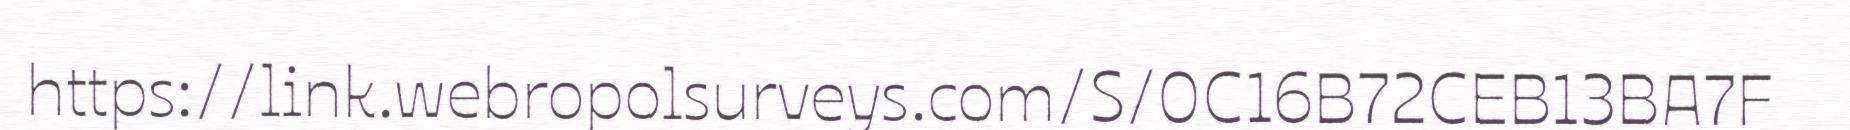
https://link.webropolsurveys.com/S/0C16B72CEB13BA7F